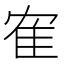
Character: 隺